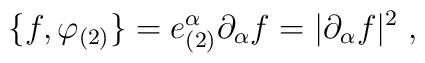
\{f,\varphi _{(2)}\}=e_{(2)}^{\alpha }\partial _{\alpha }f=|\partial_{\alpha }f|^{2}\;,